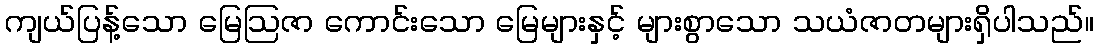
ကျယ်ပြန့်သော မြေဩဇာ ကောင်းသော မြေများနှင့် များစွာသော သယံဇာတများရှိပါသည်။